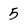
Character: 5